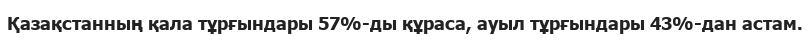
Қазақстанның қала тұрғындары 57%-ды құраса, ауыл тұрғындары 43%-дан астам.